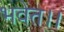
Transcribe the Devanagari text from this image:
भवेत।।